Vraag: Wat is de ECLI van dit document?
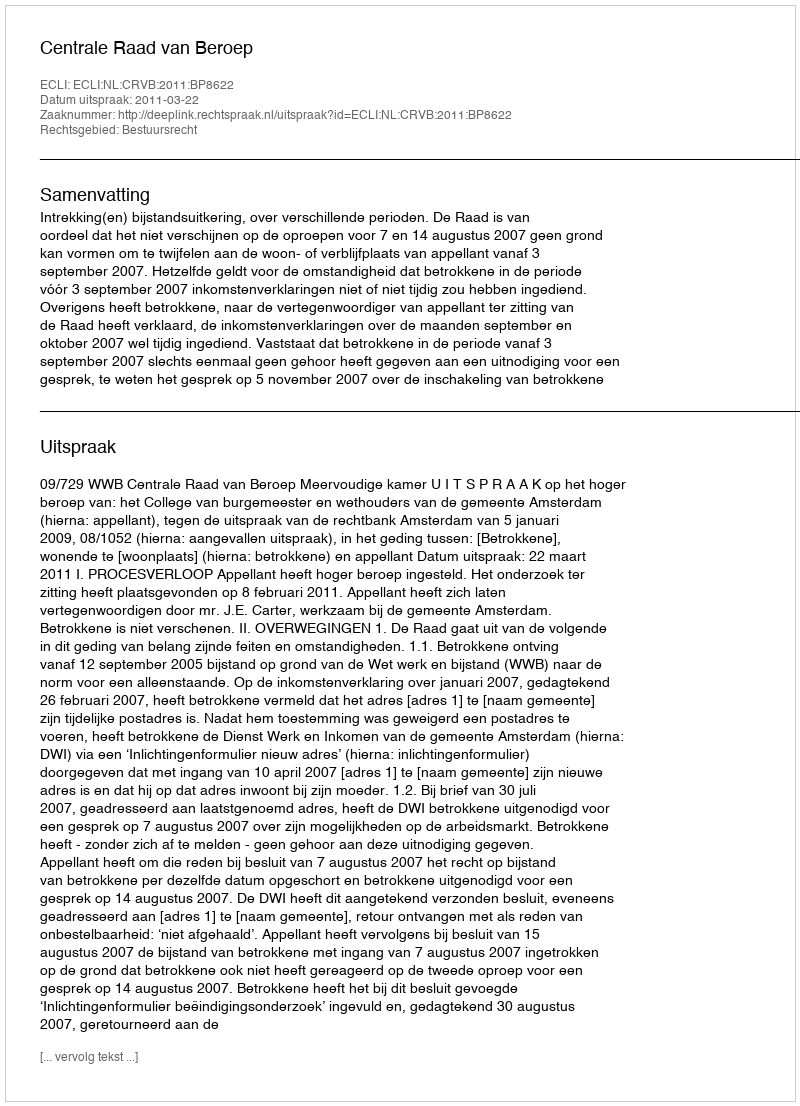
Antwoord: ECLI:NL:CRVB:2011:BP8622